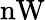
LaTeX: \mathrm{nW}